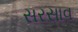
સરસાવ